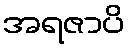
အရဇာပိ